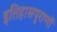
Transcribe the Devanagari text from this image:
इतिहासपुराणों